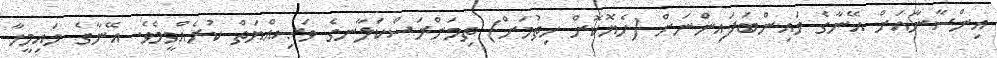
އިންސާނާއަށް އޭނާގެ މައިންބަފައިންނަށް (ހެޔޮކޮށް ހިތުމަށް) ތިމަންރަސްކަލާނގެ ވަޞިއްޔަތް ކުރެއްވީމެވެ. އޭނާގެ މައިމީހާ